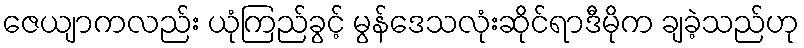
ဇေယျာကလည်း ယုံကြည်ခွင့် မွန်ဒေသလုံးဆိုင်ရာဒီမိုက ချခဲ့သည်ဟု